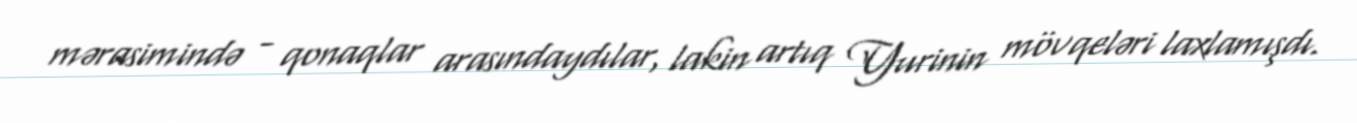
mərasimində - qonaqlar arasındaydılar, lakin artıq Yurinin mövqeləri laxlamışdı.